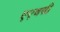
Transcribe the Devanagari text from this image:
एएचसी